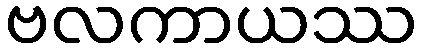
ဗလကာယဿ